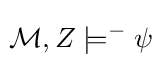
\!{\mathcal {M}},Z\models ^{-}\psi